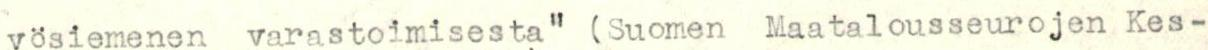
vösiemenen varastoimisesta" (Suomen Maatalousseurojen Kes-